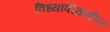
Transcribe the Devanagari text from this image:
विध्यापीठातील